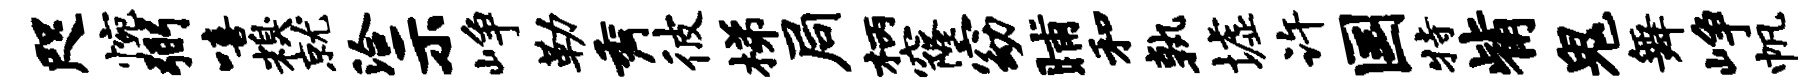
咫惋弼嘻糗就洽示峥勒秀彼梯局柄窿窈晡和孰墟许国特觜鬼舞峥帆